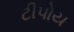
ટીપોય